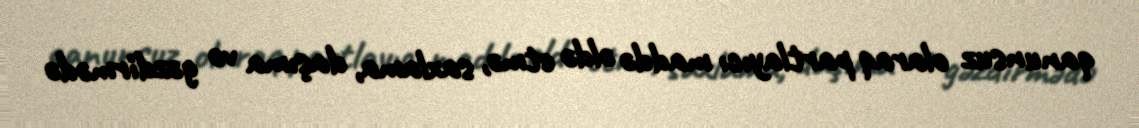
qanunsuz olaraq partlayıcı maddə əldə etmə, saxlama, daşıma və gəzdirmədə